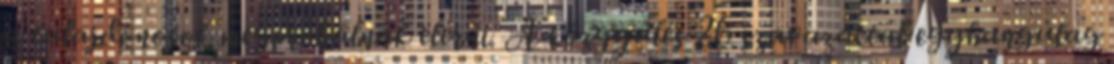
a tulajdonosok megpróbálnak elérni. A közgyűlés 26 szavazattal egyhangúlag